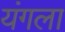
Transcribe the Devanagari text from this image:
यंगला